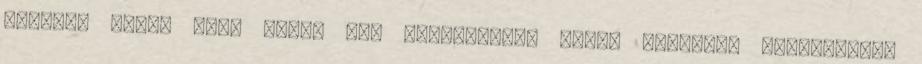
Legfőbb vágy, hogy szép, dús leeresztett kaját konttyal cserélhesse